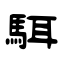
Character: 駬